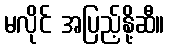
မလိုင် အပြည့်နို့ဆီ။